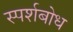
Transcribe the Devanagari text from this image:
स्पर्शबोध